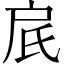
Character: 𬇋